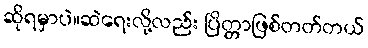
ဆိုရမှာပဲ။ဆဲရေးလို့လည်း ပြိတ္တာဖြစ်တတ်တယ်